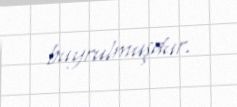
buyrulmuşdur.